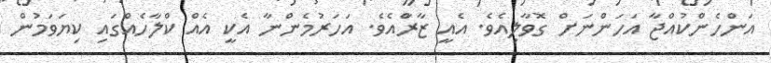
އަންހެންކުއްޖާ އަހަންނަށް ގޮވާލިއެވެ. އެއީ ޒާރާްއެވެ. އަހަރުމެންނާ އެކީ އެއް ކްލާހެއްގައި ކިޔަވަމުން